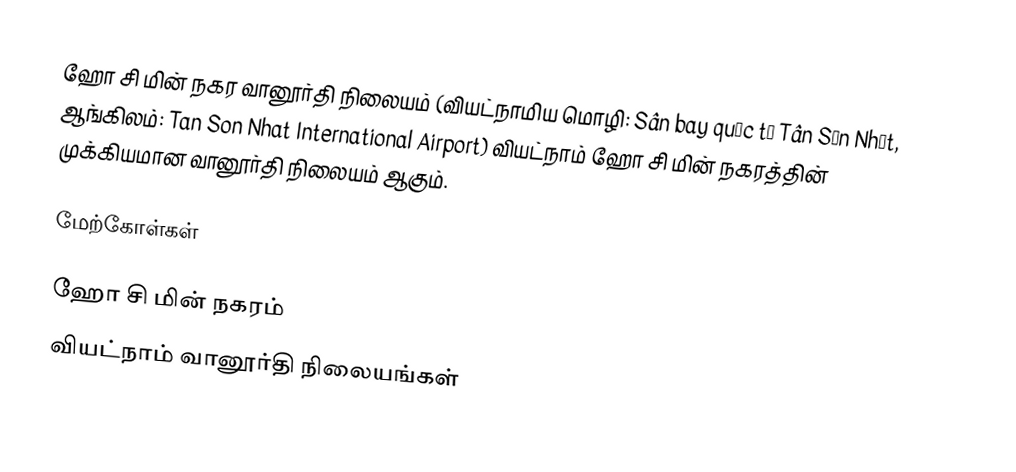
ஹோ சி மின் நகர வானூர்தி நிலையம் (வியட்நாமிய மொழி: Sân bay quốc tế Tân Sơn Nhất, ஆங்கிலம்: Tan Son Nhat International Airport) வியட்நாம் ஹோ சி மின் நகரத்தின் முக்கியமான வானூர்தி நிலையம் ஆகும்.

மேற்கோள்கள்

ஹோ சி மின் நகரம்
வியட்நாம் வானூர்தி நிலையங்கள்